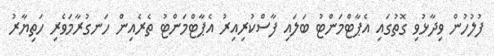
ފުލުހުން ވިދާޅުވި ގޮތުގައި އެޕާޓްމަންޓު ބަލައި ފާސްކުރިއިރު އެޕާޓްމަންޓު ތެރެއިން ހަނގުރާމަވެރި ހަތިޔާރު